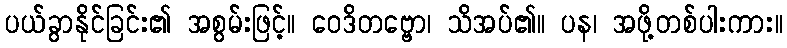
ပယ်ခွာနိုင်ခြင်း၏ အစွမ်းဖြင့်။ ဝေဒိတဗ္ဗော၊ သိအပ်၏။ ပန၊ အဖို့တစ်ပါးကား။